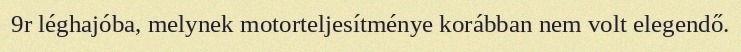
9r léghajóba, melynek motorteljesítménye korábban nem volt elegendő.